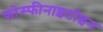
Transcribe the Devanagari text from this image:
फोस्फीनाइटोइन